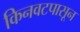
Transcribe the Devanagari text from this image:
किनवटपासून